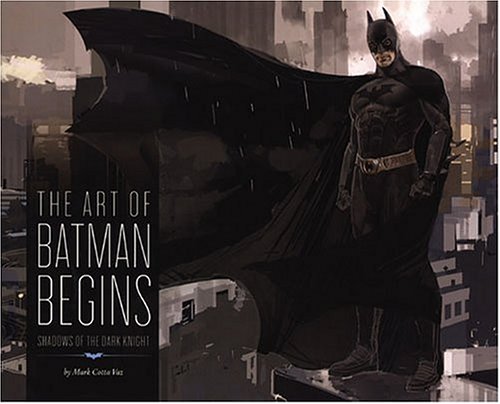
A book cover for The Art of Batman Begins: Shadows of the Dark Knight; Mark Cotta Vaz; Humor & Entertainment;